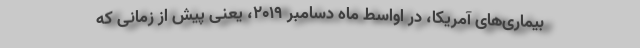
بیماری‌های آمریکا، در اواسط ماه دسامبر ۲۰۱۹، یعنی پیش از زمانی که